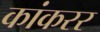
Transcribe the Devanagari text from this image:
कांकरर